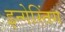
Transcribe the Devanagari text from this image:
इन्गेस्तिंग